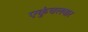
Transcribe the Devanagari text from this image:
एकुंचलवार